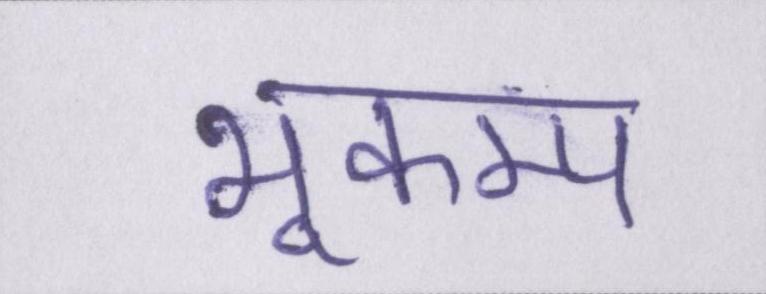
भूकम्प